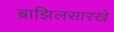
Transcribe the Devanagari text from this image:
ब्राझिलसारखे